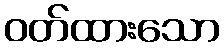
ဝတ်ထားသော